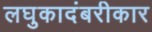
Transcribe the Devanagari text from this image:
लघुकादंबरीकार